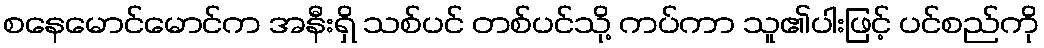
စနေမောင်မောင်က အနီးရှိ သစ်ပင် တစ်ပင်သို့ ကပ်ကာ သူ၏ပါးဖြင့် ပင်စည်ကို